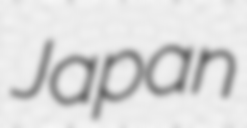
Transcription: Japan